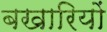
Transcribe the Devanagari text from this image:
बखारियों